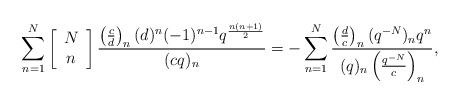
LaTeX: \begin{align*}\sum_{n=1}^{N}\left[\begin{array}{c}N\\n\end{array}\right] \frac{\left(\frac{c}{d}\right)_n(d)^n(-1)^{n-1} q^\frac{n(n+1)}{2}}{(cq)_n} =-\sum_{n=1}^{N} \frac{\left(\frac{d}{c}\right)_{n}(q^{-N})_nq^n} {(q)_n\left(\frac{q^{-N}}{c}\right)_n},\end{align*}